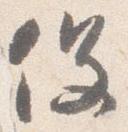
役